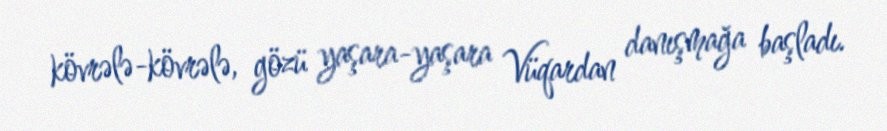
kövrələ-kövrələ, gözü yaşara-yaşara Vüqardan danışmağa başladı.